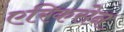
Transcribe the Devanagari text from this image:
एरिकसेन